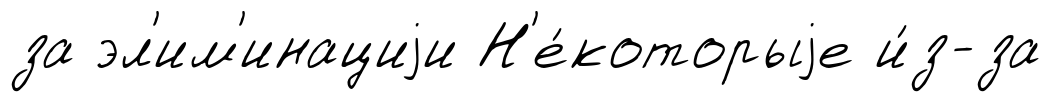
за эл'им'инациjи Н'е́которыjе и́з-за